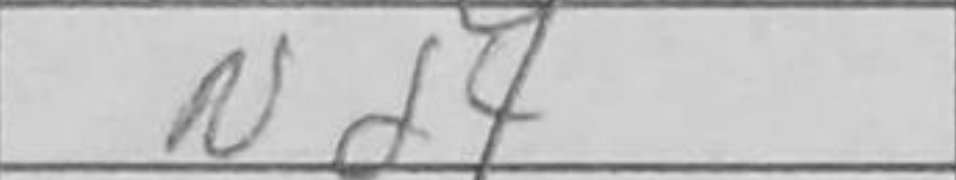
Transcription: Nd4